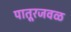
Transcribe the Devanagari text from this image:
पातूरजवळ